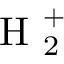
\textrm { H } _ { 2 } ^ { + }